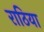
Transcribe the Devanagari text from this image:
राठिया